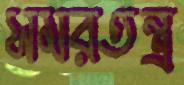
সমরতন্ত্র